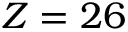
Z = 2 6